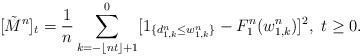
LaTeX: \begin{align*}[\tilde M^n]_t & = \frac{1}{n} \sum_{k=-\lfloor nt \rfloor+1}^{0} [1_{\{d^n_{1,k} \le w^n_{1,k}\}} - F^n_1(w^n_{1,k})]^2, \ t\ge 0.\end{align*}